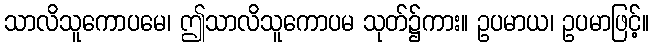
သာလိသူကောပမေ၊ ဤသာလိသူကောပမ သုတ်၌ကား။ ဥပမာယ၊ ဥပမာဖြင့်။